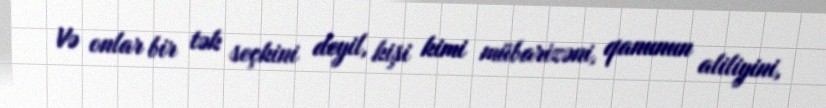
Və onlar bir tək seçkini deyil, kişi kimi mübarizəni, qanunun aliliyini,